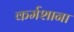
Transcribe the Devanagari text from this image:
कर्मशाना